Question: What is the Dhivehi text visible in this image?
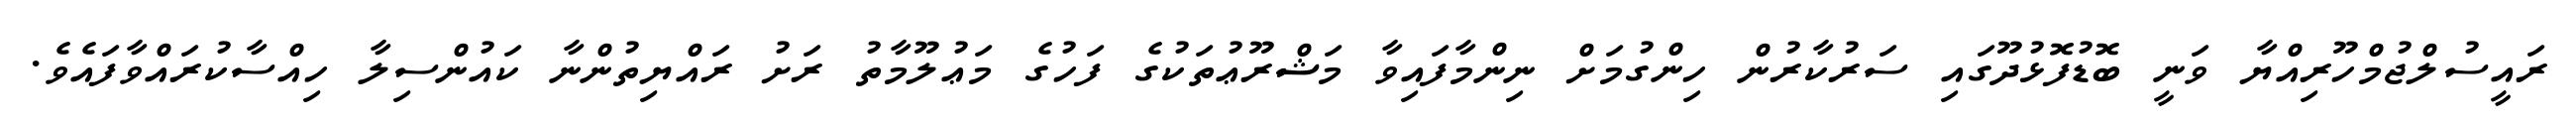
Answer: ރައީސުލްޖުމްހޫރިއްޔާ ވަނީ ބޮޑުފޮޅުދޫގައި ސަރުކާރުން ހިންގުމަށް ނިންމާފައިވާ މަޝްރޫޢުތަކުގެ ފަހުގެ މަޢުލޫމާތު ރަށު ރައްޔިތުންނާ ކައުންސިލާ ހިއްސާކުރައްވާފައެވެ.